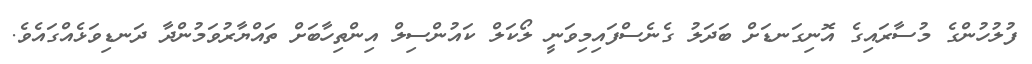
ފުލުހުންގެ މުސާރައިގެ އޮނިގަނޑަށް ބަދަލު ގެނެސްފައިމިވަނީ ލޯކަލް ކައުންސިލް އިންތިހާބަށް ތައްޔާރުވަމުންދާ ދަނޑިވަޅެއްގައެވެ.